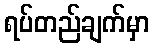
ရပ်တည်ချက်မှာ